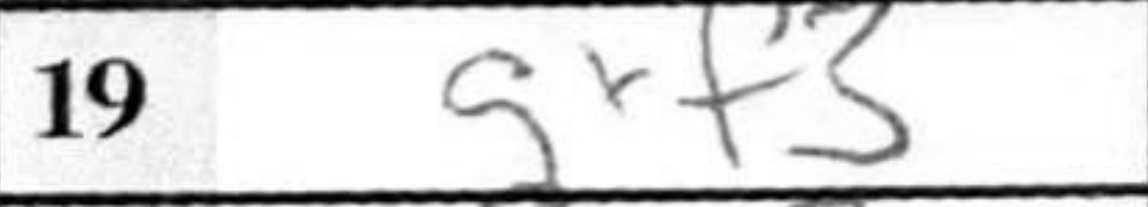
Transcription: gxf3